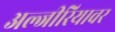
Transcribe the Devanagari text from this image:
अल्जीरियावर